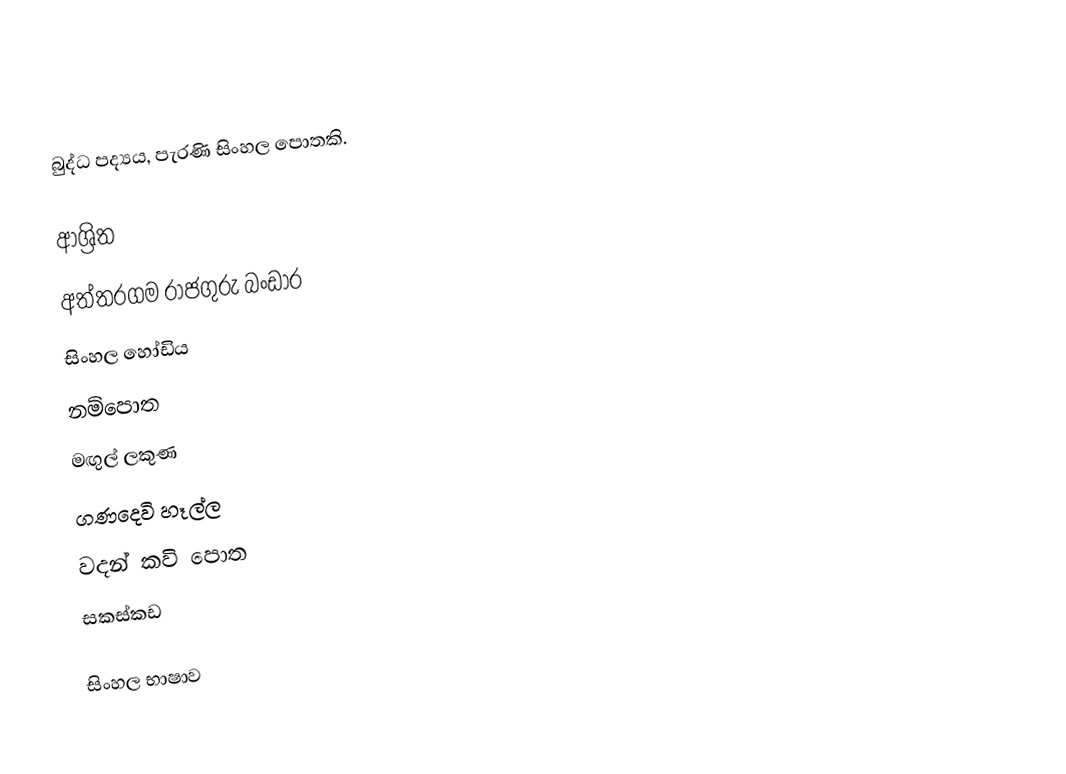
බුද්ධ පද්‍යය, පැරණි සිංහල පොතකි.

ආශ්‍රිත
 අත්තරගම රාජගුරු බංඩාර
 සිංහල හෝඩිය
 නම්පොත
 මඟුල් ලකුණ
 ගණදෙවි හෑල්ල
 වදන් කවි පොත
 සකස්කඩ

සිංහල භාෂාව